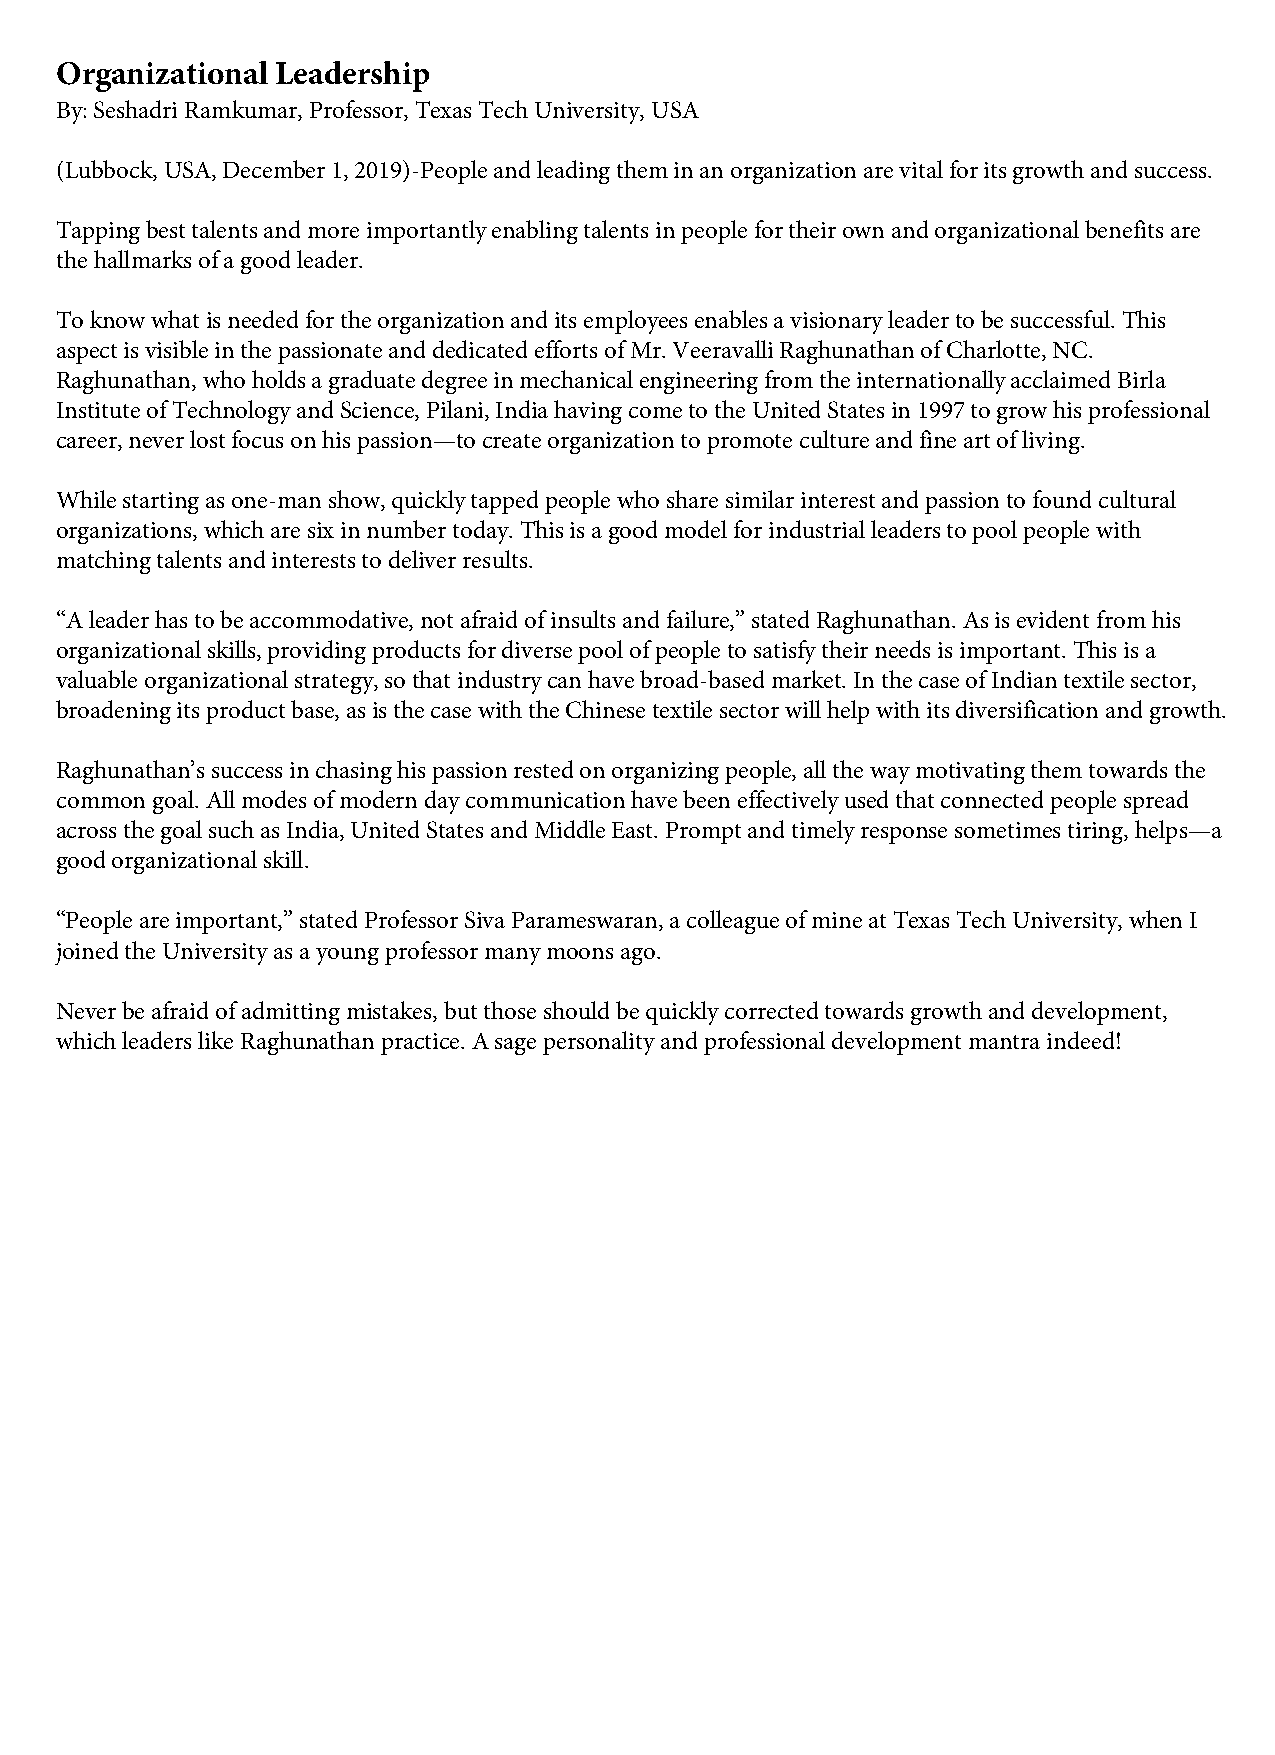
Organizational Leadership
 By: Seshadri Ramkumar, Professor, Texas Tech University, USA
 (Lubbock, USA, December 1, 2019)-People and leading them in an organization are vital for its growth and success.
 Tapping best talents and more importantly enabling talents in people for their own and organizational benefits are
 the hallmarks of a good leader.
 To know what is needed for the organization and its employees enables a visionary leader to be successful. This
 aspect is visible in the passionate and dedicated efforts of Mr. Veeravalli Raghunathan of Charlotte, NC.
 Raghunathan, who holds a graduate degree in mechanical engineering from the internationally acclaimed Birla
 Institute of Technology and Science, Pilani, India having come to the United States in 1997 to grow his professional
 career, never lost focus on his passion—to create organization to promote culture and fine art of living.
 While starting as one-man show, quickly tapped people who share similar interest and passion to found cultural
 organizations, which are six in number today. This is a good model for industrial leaders to pool people with
 matching talents and interests to deliver results.
 “A leader has to be accommodative, not afraid of insults and failure,” stated Raghunathan. As is evident from his
 organizational skills, providing products for diverse pool of people to satisfy their needs is important. This is a
 valuable organizational strategy, so that industry can have broad-based market. In the case of Indian textile sector,
 broadening its product base, as is the case with the Chinese textile sector will help with its diversification and growth.
 Raghunathan’s success in chasing his passion rested on organizing people, all the way motivating them towards the
 common goal. All modes of modern day communication have been effectively used that connected people spread
 across the goal such as India, United States and Middle East. Prompt and timely response sometimes tiring, helps—a
 good organizational skill.
 “People are important,” stated Professor Siva Parameswaran, a colleague of mine at Texas Tech University, when I
 joined the University as a young professor many moons ago.
 Never be afraid of admitting mistakes, but those should be quickly corrected towards growth and development,
 which leaders like Raghunathan practice. A sage personality and professional development mantra indeed!